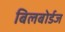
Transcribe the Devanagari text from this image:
बिलबोर्डज